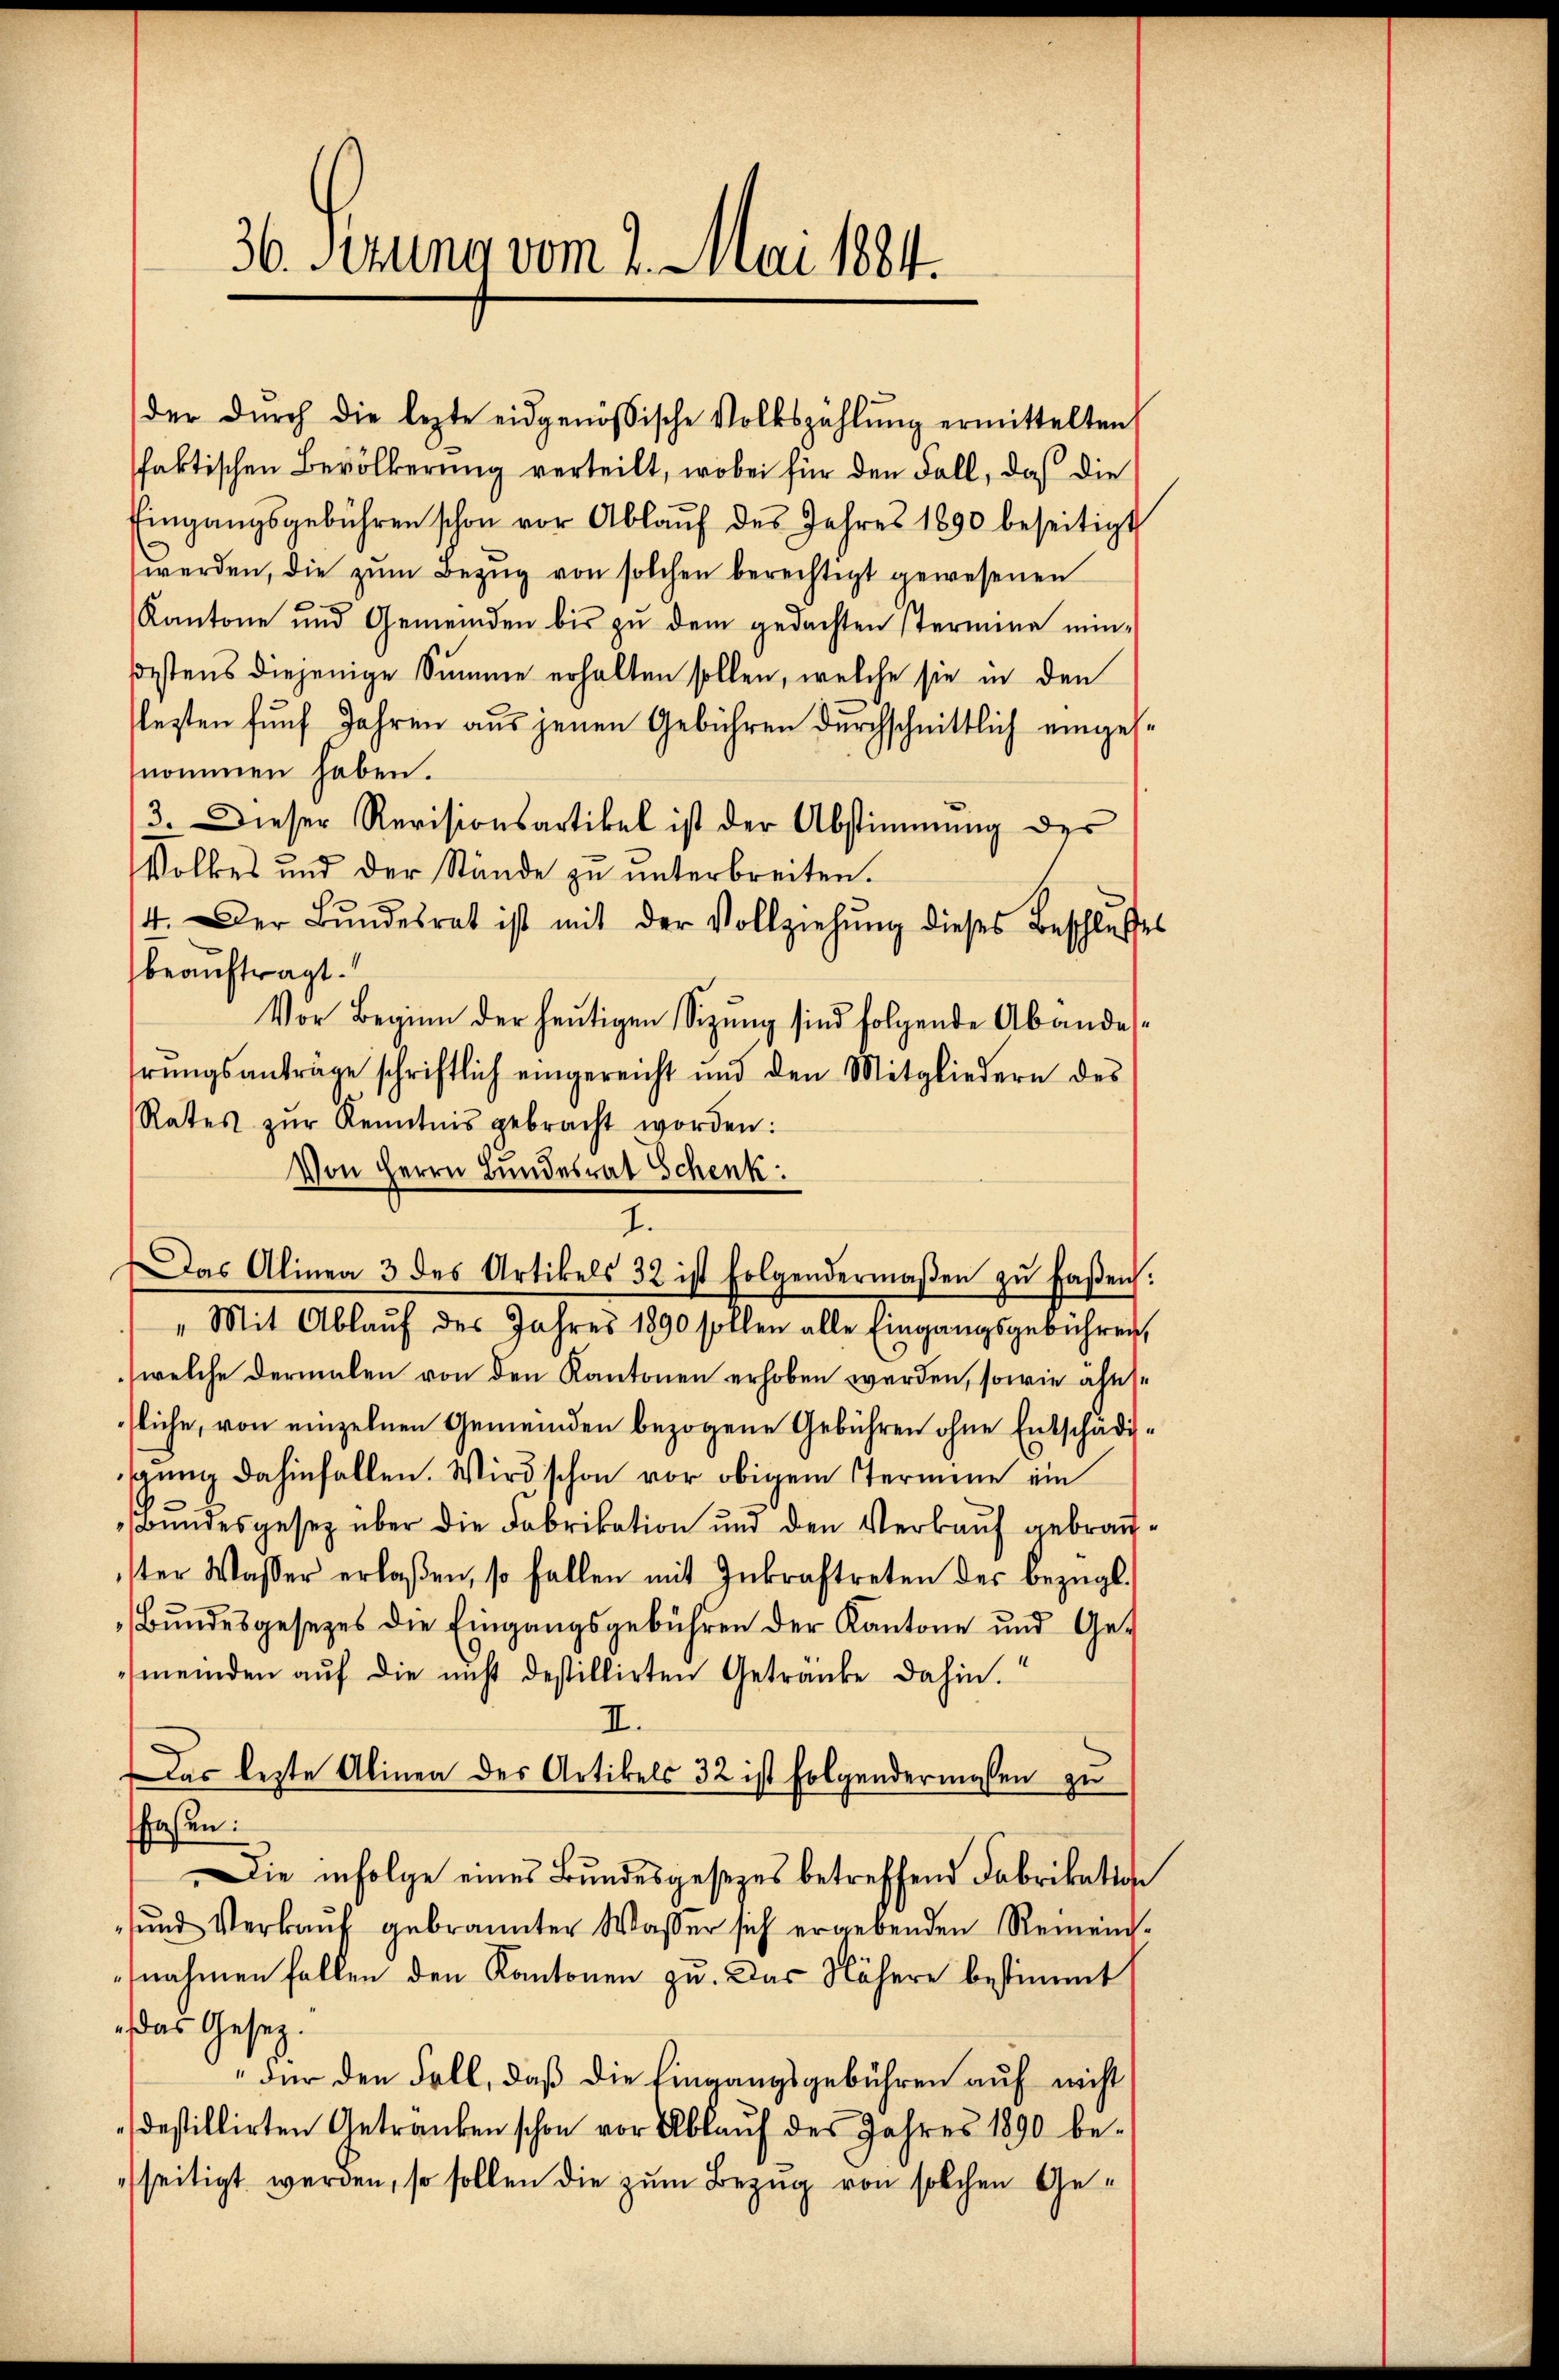
36. Secuna vom 2. Mai 1884.

der dŭrch die lezte eidgenössische Volkszählŭng ermittelten
faktischen Bevölkerung verteilt, wobei für den Fall, daß die
Eingangsgebühren schon vor Ablaŭf des Jahres 1890 beseitigt
s
werden, die zŭm Bezug von solchen berechtigt gewesenen
Kantone und Gemeinden bis zu dem gedachten Stermine min-
ßestens diejenige Summe erhalten sollen, welche sie in den
lesten fünf Jahren aus jenen Gebühren durchschnittlich eingesnommen haben.
3. Dieser Revisionsartikel ist der Abstimmung des
Volkes und der Stände zŭ ŭnterbreiten.
4. Der Bŭndesrat ist mit der Vollziehŭng dieses Beschlusses
beauftragt.
Vor Beginn der heutigen Sizung sind folgende Abandesrŭngsanträge schriftlich eingereicht und den Mitgliedern des
Rates zŭr Kenntnis gebracht worden:
Von Herrn Bundesrat Schenk
„Mit Ablauf des Jahres 1890 sollen alle Eingangsgebührer,
(welche dermalen von den Kantonen erhoben werden, sowie älesfliche, von einzelnen Gemeinden bezogene Gebühren ohne Entschädigung dahinfallen. Wird schon vor obigem Termine ein
Bundesgesez über die Fabrikation und den Verkauf gebrauister Wasser erlaßen, so fallen mit Inkraftreten des bezügl.
Bŭndesgesetzes die Eingangsgebühren der Kantone und Ge-
meinden auf die nicht destillirten Getranke dahin.
II.
Das lezte Alinen des Artikels 32 ist folgendermassen zu
faßen:
Die infolge eines Bundesgesezes betreffend Fabrikation
ŭnd Verkaŭf gebrannter Wasser sich ergebenden Rement-
nahmen fallen den Kantonen zu. Das Nähere bestimmt
 das Gesetz.
Für den Fall, daß die Eingangsgebühren auf nicht
destillirten Getränken schon vor Ablaŭf des Jahres 1890 be-
seitigt werden, so sollen die zum Bezug von solchen Ge¬

7.
Das Alinea 3 des Artikels 32 ist folgendermaβen zŭ faβen.